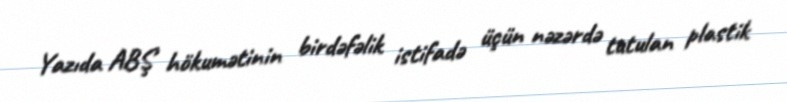
Yazıda ABŞ hökumətinin birdəfəlik istifadə üçün nəzərdə tutulan plastik